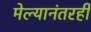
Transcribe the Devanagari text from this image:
मेल्यानंतरही